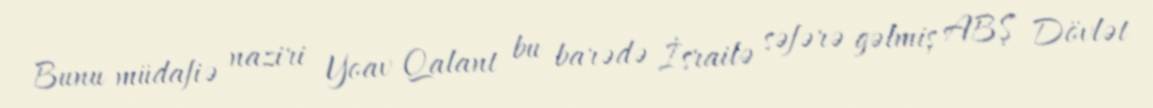
Bunu müdafiə naziri Yoav Qalant bu barədə İsrailə səfərə gəlmiş ABŞ Dövlət